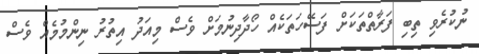
ނުކުރެވި ތިބި ފަރާތްތަކަށް ފަސޭހަތަކެއް ހޯދާދިނުމަށް ވެސް މިއަދު އިތުރު ނިންމުމެއް ވެސް